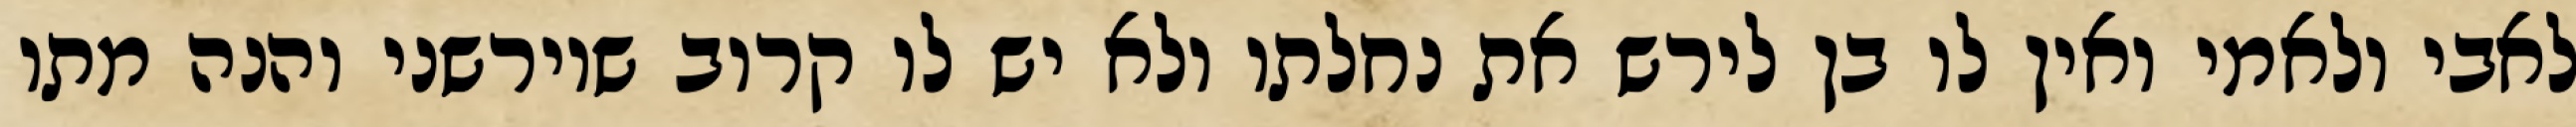
לאבי ולאמי ואין לו בן לירש את נחלתו ולא יש לו קרוב שיורשני והנה מתו